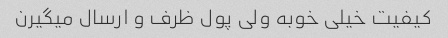
کیفیت خیلی خوبه ولی پول ظرف و ارسال میگیرن